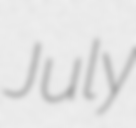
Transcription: July